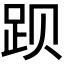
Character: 𬦥